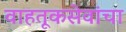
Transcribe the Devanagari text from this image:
वाहतूकसेवांचा